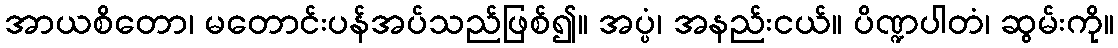
အာယစိတော၊ မတောင်းပန်အပ်သည်ဖြစ်၍။ အပ္ပံ၊ အနည်းငယ်။ ပိဏ္ဍပါတံ၊ ဆွမ်းကို။